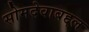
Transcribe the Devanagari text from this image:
सोमदेवाबद्दल